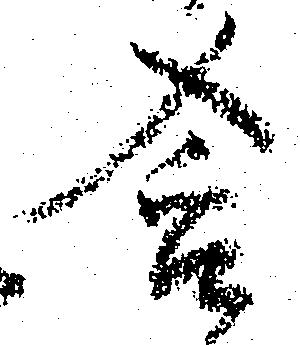
含